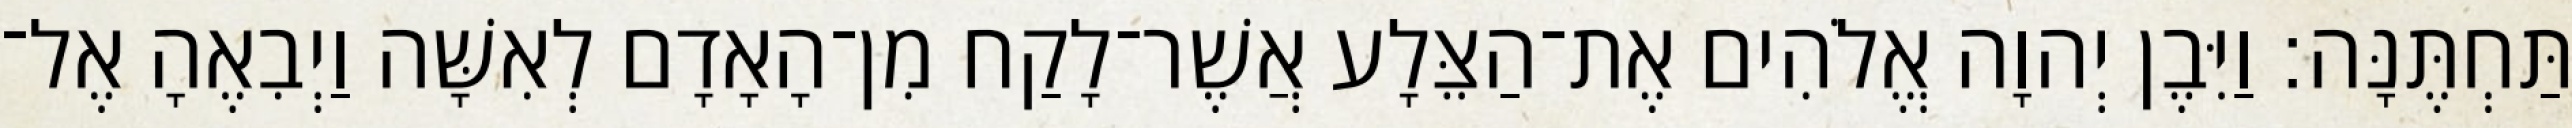
תַּחְתֶּנָּה׃ וַיִּבֶן יְהוָה אֱלֹהִים אֶת־הַצֵּלָע אֲשֶׁר־לָקַח מִן־הָאָדָם לְאִשָּׁה וַיְבִאֶהָ אֶל־